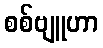
စစ်ဗျူဟာ